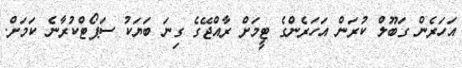
އަހަރެން ގަބޫލް ކުރަން އަހަރެންގެ ޓީމަށް ރާއްޖޭގެ ގިނަ ބަޔަކު ސަޕޯޓްކުރާނެ ކަމަށް.